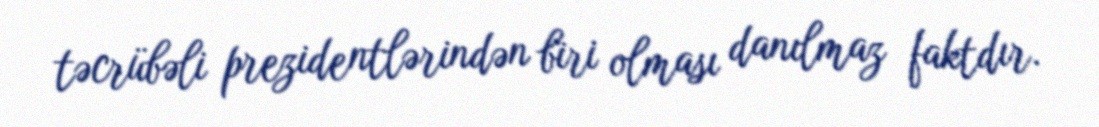
təcrübəli prezidentlərindən biri olması danılmaz faktdır.